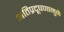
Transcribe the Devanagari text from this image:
अतिप्रदूषणामुळे